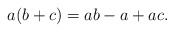
\begin{align*}a(b+c)=ab-a+ac.\end{align*}